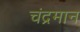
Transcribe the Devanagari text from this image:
चंद्रमान